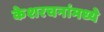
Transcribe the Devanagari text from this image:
केशरचनांमध्ये